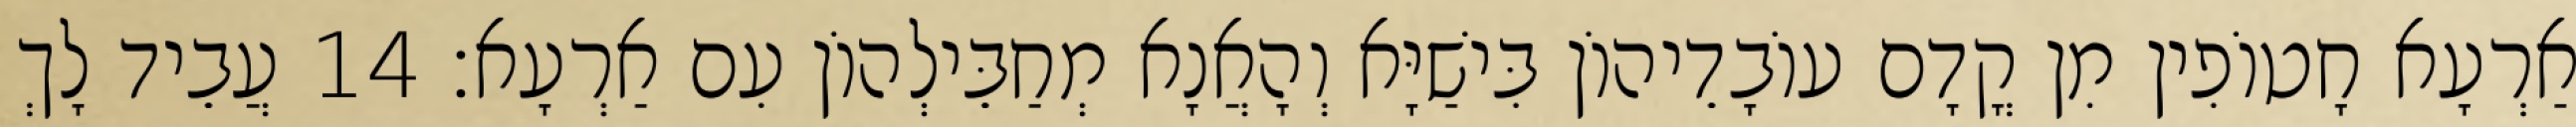
אַרְעָא חָטוֹפִין מִן קֳדָם עוֹבָדֵיהוֹן בִּישַׁיָּא וְהָאֲנָא מְחַבֵּילְהוֹן עִם אַרְעָא׃ 14 עֲבֵיד לָךְ